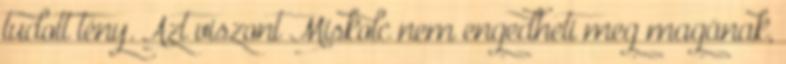
tudott tény. Azt viszont Miskolc nem engedheti meg magának,